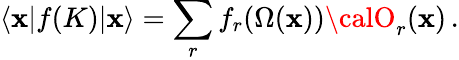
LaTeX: \langle\mathbf{x}|f(K)|\mathbf{x}\rangle=\sum_{r}f_{r}(\Omega(\mathbf{x})){\calO}_{r}(\mathbf{x})\, .